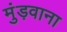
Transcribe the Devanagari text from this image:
मुंड़वाना